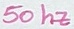
Text: 50 hz